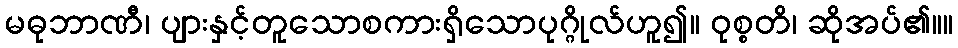
မဓုဘာဏီ၊ ပျားနှင့်တူသောစကားရှိသောပုဂ္ဂိုလ်ဟူ၍။ ဝုစ္စတိ၊ ဆိုအပ်၏။။